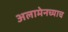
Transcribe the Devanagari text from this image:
अलामेनच्याच